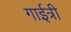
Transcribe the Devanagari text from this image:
गाईत्री